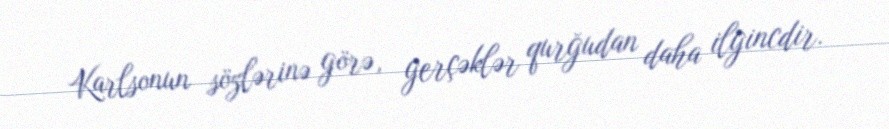
Karlsonun sözlərinə görə, gerçəklər qurğudan daha ilgincdir.